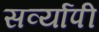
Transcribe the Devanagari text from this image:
सर्व्यापी